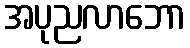
အပုညလာဘော